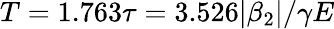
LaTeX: T=1.763\tau=3.526|\beta_{2}|/\gamma E